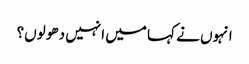
انہوں نے کہا میں انہیں دھو لوں؟